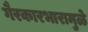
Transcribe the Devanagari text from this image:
गैरकारभारामुळे